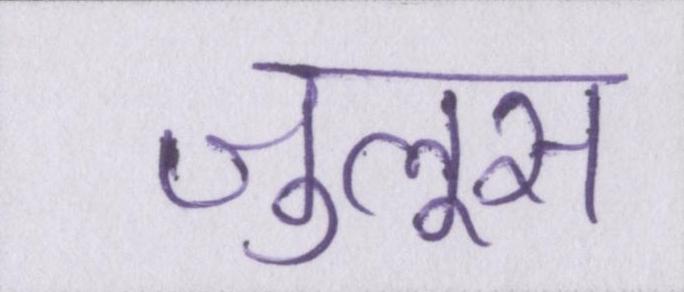
जुलूस